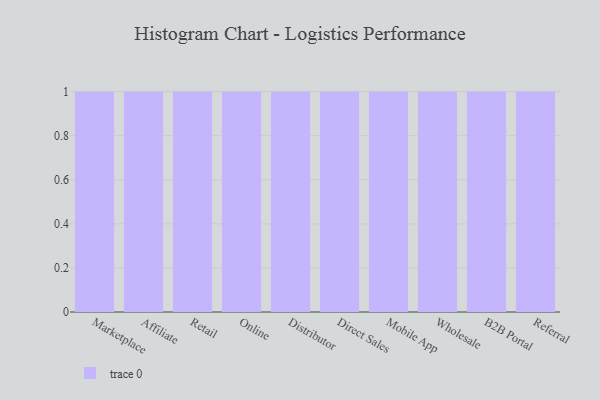
{"axis": {"x": "Channel", "y": "Market Share (%)"}, "legend": [""], "data": [{"x": "Marketplace", "y": 39, "type": ""}, {"x": "Affiliate", "y": 61, "type": ""}, {"x": "Retail", "y": 9, "type": ""}, {"x": "Online", "y": 95, "type": ""}, {"x": "Distributor", "y": 84, "type": ""}, {"x": "Direct Sales", "y": 61, "type": ""}, {"x": "Mobile App", "y": 30, "type": ""}, {"x": "Wholesale", "y": 52, "type": ""}, {"x": "B2B Portal", "y": 28, "type": ""}, {"x": "Referral", "y": 75, "type": ""}]}